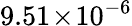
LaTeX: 9.51\! \times\! 10^{-6}